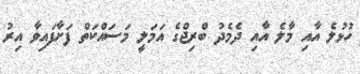
ހުޅުލެ އާއި މާލެ އާއި ދެމެދު ބްރިޖްގެ އަމަލީ މަސައްކަތް ފަށާފައިވާ އިރު